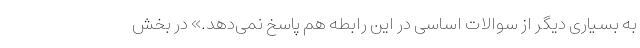
به بسیاری دیگر از سوالات اساسی در این رابطه هم پاسخ نمی‌دهد.» در بخش